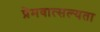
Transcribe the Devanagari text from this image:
प्रेमवात्सल्यता